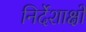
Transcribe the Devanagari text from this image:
निर्देशाक्षों